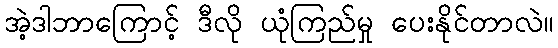
အဲ့ဒါဘာကြောင့် ဒီလို ယုံကြည်မှု ပေးနိုင်တာလဲ။